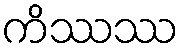
ကိဿဿ